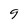
Character: 9